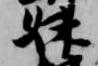
妹